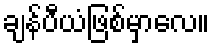
ချန်ပီယံဖြစ်မှာလေ။